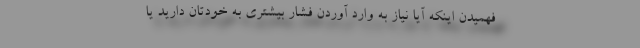
فهمیدن اینکه آیا نیاز به وارد آوردن فشار بیشتری به خودتان دارید یا